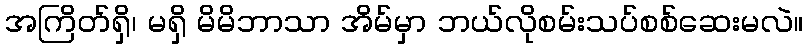
အကြိတ်ရှိ၊ မရှိ မိမိဘာသာ အိမ်မှာ ဘယ်လိုစမ်းသပ်စစ်ဆေးမလဲ။